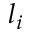
l _ { i }